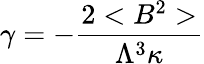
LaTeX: \gamma=-\frac{2<B^{2}>}{\Lambda^{3}\kappa}